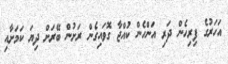
އަހަރުގެ ފިރިހެން ދަރި އަންހެން ކުއްޖާ ގޮވައިގެން ރަށުން ބޭރަށް ދިޔަ ކަމަށާއި